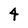
Character: 4